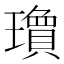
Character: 𬎘